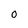
Character: O